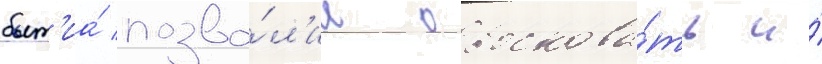
быт'иа́ позво́л'ил обоснова́ть и́